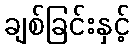
ချစ်ခြင်းနှင့်